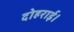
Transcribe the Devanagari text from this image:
दोहराई।